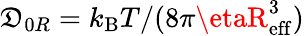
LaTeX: \mathfrak{D}_{0R}=k_{\mathrm{{B}}}T/(8\pi\etaR_{\mathrm{{eff}}}^{3})